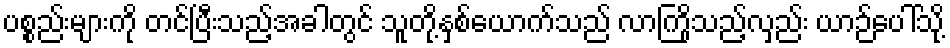
ပစ္စည်းများကို တင်ပြီးသည့်အခါတွင် သူတို့နှစ်ယောက်သည် လာကြိုသည့်လှည်း ယာဉ်ပေါ်သို့